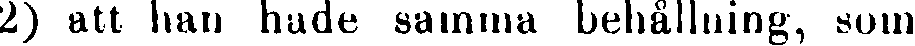
2) att lian hade samma behållning, som